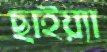
ছাইয়্যা